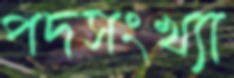
পদসংখ্যা